Vaccine operations Central Provinces 1886-1899 - 1886-1899
Year: 1886
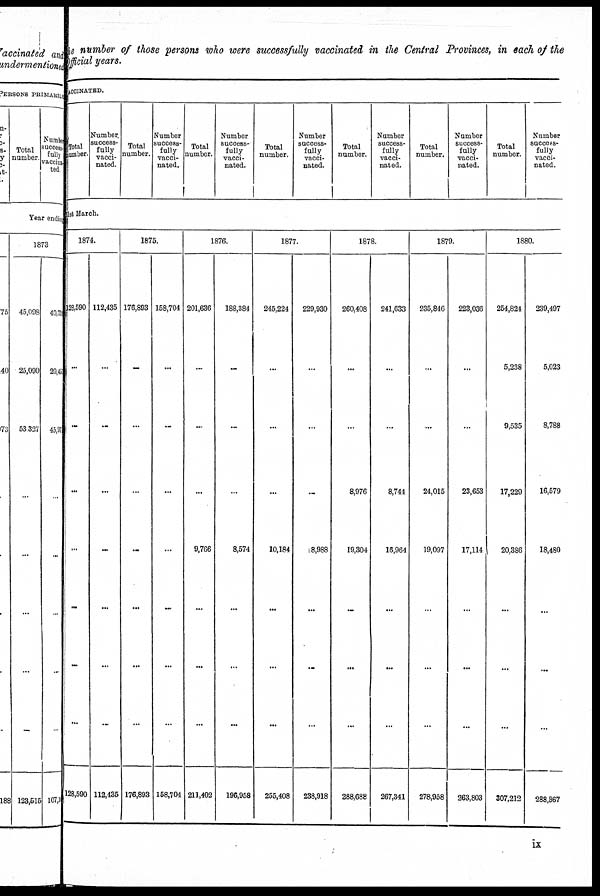
the number of those persons who were successfully vaccinated in the Central Provinces, in each of the
Official years.
VACCINATED.
Total
number.
Number
success-
fully
vacci-
nated.
Total
number.
Number
success-
fully
vacci-
nated.
Total
number.
Number
success-
fully
vacci-
nated.
Total
number.
Number
success-
fully
vacci-
nated.
Total
number.
Number
success-
fully
vacci-
nated.
Total
number.
Number
success-
fully
vacci-
nated.
Total
number.
Number
sucess¬
fully
vacci¬
nated.
31st March.
1874.
128,590
...
...
...
...
...
...
...
128,590
112,435
...
...
...
...
...
...
...
112,435
1875.
176,893
...
...
...
...
...
...
...
176,893
158,704
...
...
...
...
...
...
...
158,704
1876.
201,636
...
...
...
9,766
...
...
...
211,402
188,384
...
...
...
8,574
...
...
...
196,958
1877.
245,224
...
...
...
10,184
...
...
...
255,408
229,930
...
...
...
18,988
...
...
...
238,918
1878.
260,408
...
...
8,976
19,304
...
...
...
288,688
241,633
...
...
8,744
16,964
...
...
...
267,341
1879.
235,846
...
...
24,015
19,097
...
...
...
278,958
223,036
...
...
23,653
17,114
...
...
...
263,803
1880.
254,824
5,238
9,535
17,229
20,386
...
...
...
307,212
239,497
5,023
8,788
16,579
18,480
...
...
...
288,367
ix